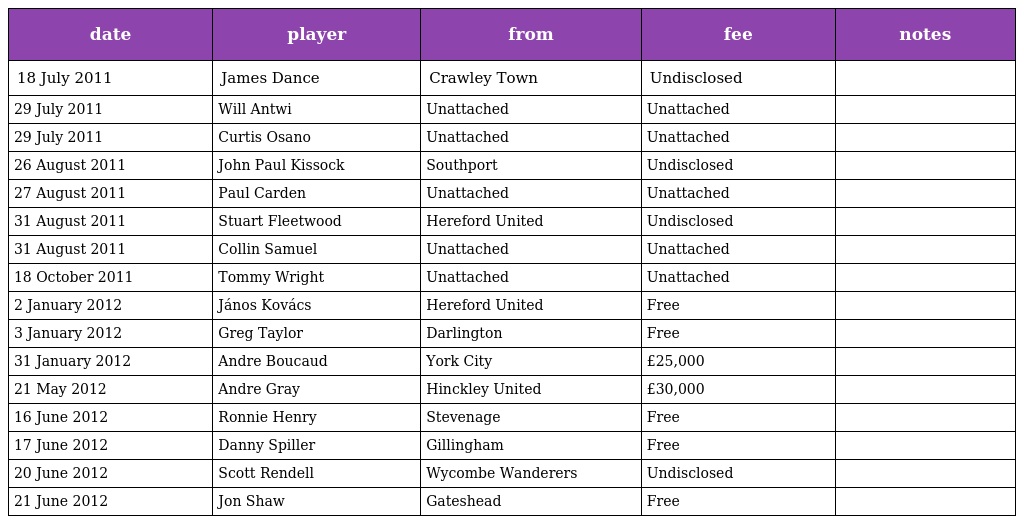
| date | player | from | fee | notes |
 | --- | --- | --- | --- | --- |
 | 18 July 2011 | James Dance | Crawley Town | Undisclosed |  |
 | 29 July 2011 | Will Antwi | Unattached | Unattached |  |
 | 29 July 2011 | Curtis Osano | Unattached | Unattached |  |
 | 26 August 2011 | John Paul Kissock | Southport | Undisclosed |  |
 | 27 August 2011 | Paul Carden | Unattached | Unattached |  |
 | 31 August 2011 | Stuart Fleetwood | Hereford United | Undisclosed |  |
 | 31 August 2011 | Collin Samuel | Unattached | Unattached |  |
 | 18 October 2011 | Tommy Wright | Unattached | Unattached |  |
 | 2 January 2012 | János Kovács | Hereford United | Free |  |
 | 3 January 2012 | Greg Taylor | Darlington | Free |  |
 | 31 January 2012 | Andre Boucaud | York City | £25,000 |  |
 | 21 May 2012 | Andre Gray | Hinckley United | £30,000 |  |
 | 16 June 2012 | Ronnie Henry | Stevenage | Free |  |
 | 17 June 2012 | Danny Spiller | Gillingham | Free |  |
 | 20 June 2012 | Scott Rendell | Wycombe Wanderers | Undisclosed |  |
 | 21 June 2012 | Jon Shaw | Gateshead | Free |  |